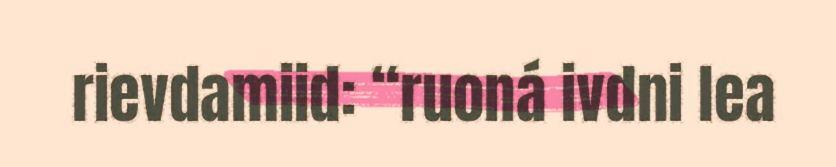
rievdamiid: “ruoná ivdni lea